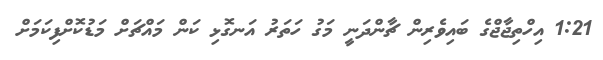
1:21 އިހްތިޖާޖްގެ ބައިވެރިން ޗާންދަނީ މަގު ހަތަރު އަނގޮޅި ކަން މައްޗަށް މަޑުކޮށްފިކަމަށް